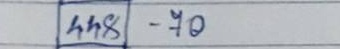
448 - 70